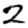
Digit: 2